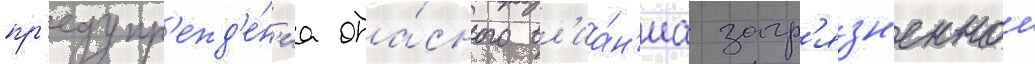
пр'едупр'ежд'е́н'иа опа́сного вл'иа́н'иа загр'язн'еннои